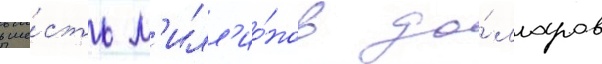
в ше́сть м'илл'ио́нов до́лларов